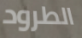
الطرود